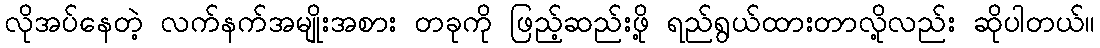
လိုအပ်နေတဲ့ လက်နက်အမျိုးအစား တခုကို ဖြည့်ဆည်းဖို့ ရည်ရွယ်ထားတာလို့လည်း ဆိုပါတယ်။